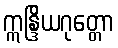
ဣန္ဒြိယဂုတ္တော